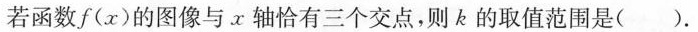
若函数 f(x) 的图像与 x 轴恰有三个交点，则 k 的取值范围是( ).